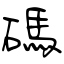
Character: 碼